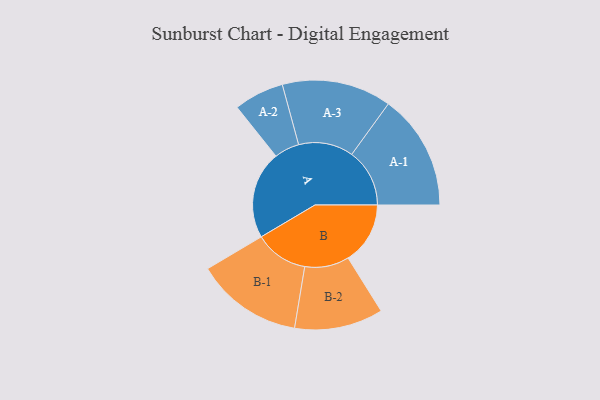
{"axis": {"x": "Segment", "y": "Value"}, "legend": ["", "A", "B"], "data": [{"x": "A", "y": 396, "type": ""}, {"x": "B", "y": 280, "type": ""}, {"x": "A-1", "y": 261, "type": "A"}, {"x": "A-2", "y": 113, "type": "A"}, {"x": "A-3", "y": 247, "type": "A"}, {"x": "B-1", "y": 241, "type": "B"}, {"x": "B-2", "y": 200, "type": "B"}]}